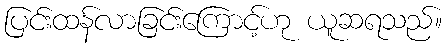
ပြင်းထန်လာခြင်းကြောင့်ဟု ယူဆရသည်။